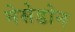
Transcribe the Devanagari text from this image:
मेसेडोन